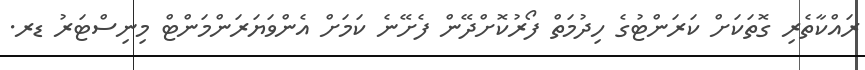
ރައްކާތެރި ގޮތަކަށް ކަރަންޓުގެ ހިދުމަތް ފޯރުކޮށްދޭން ފެށޭނެ ކަމަށް އެންވަޔަރަންމަންޓް މިނިސްޓަރު ޑރ.